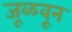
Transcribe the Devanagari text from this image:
जूळवून